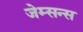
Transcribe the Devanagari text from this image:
जेम्सन्स